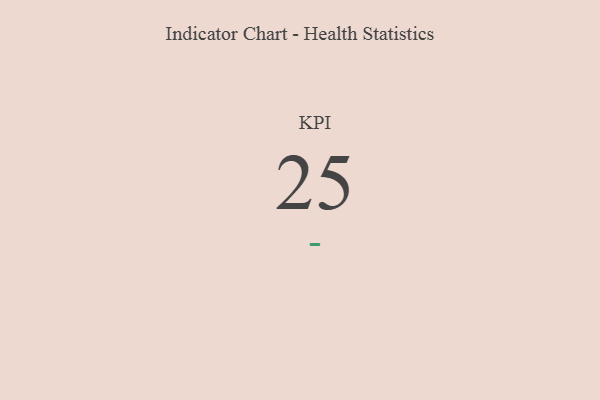
{"axis": {"x": "KPI", "y": "Value"}, "legend": [""], "data": [{"x": "KPI", "y": 25, "type": ""}]}